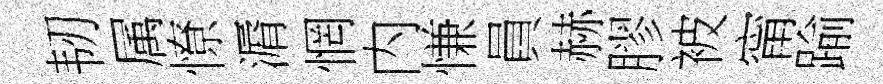
韧属憭漘惘内慊員赫膠被甯踰